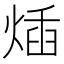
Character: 𤊿